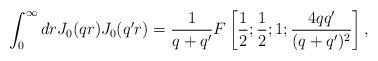
LaTeX: \begin{align*}\int_0^{\infty}dr J_0(qr)J_0(q'r)=\frac1{q+q'} F\left[\frac1{2};\frac1{2};1;\frac{4qq'}{(q+q')^2}\right],\end{align*}